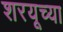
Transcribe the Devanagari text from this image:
शरयूच्या